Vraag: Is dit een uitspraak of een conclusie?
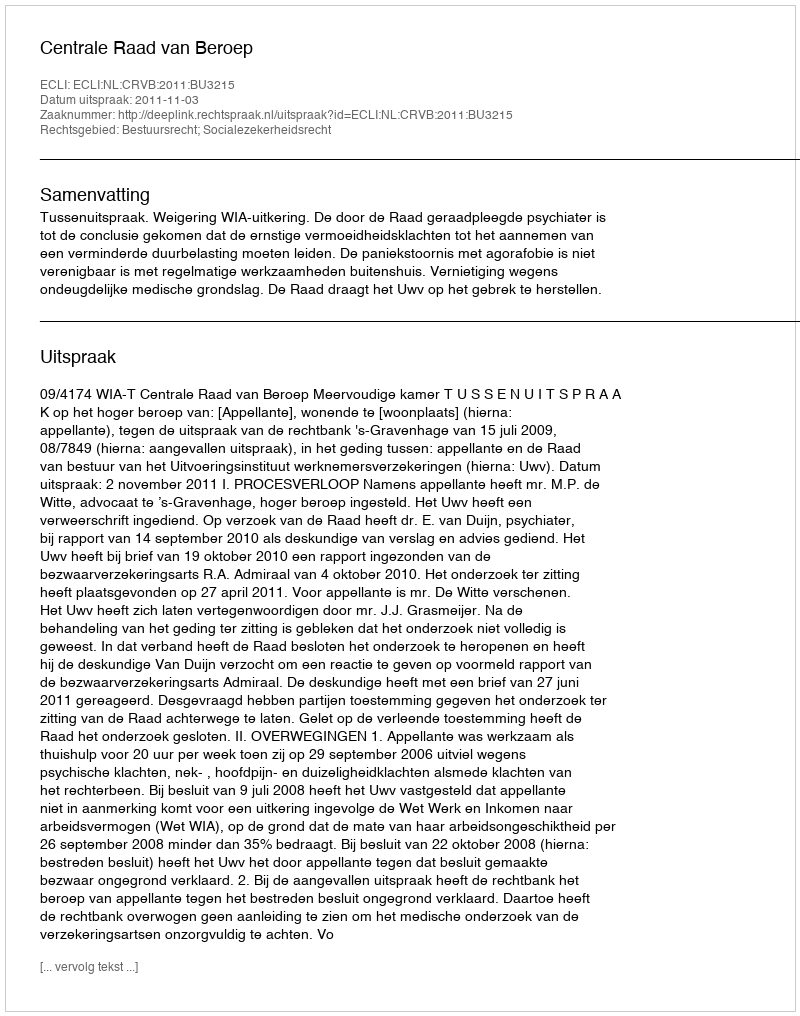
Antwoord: Uitspraak